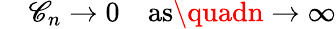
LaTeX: \quad\mathscr{C}_{n}\rightarrow0\quad{\mathrm{{as}}}\quadn\to\infty